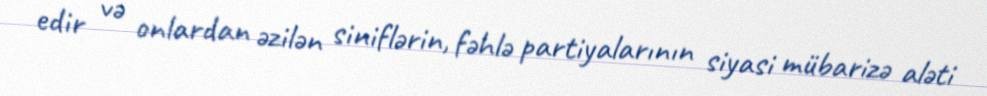
edir və onlardan əzilən siniflərin, fəhlə partiyalarının siyasi mübarizə aləti